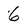
Character: 6